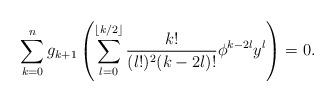
LaTeX: \begin{align*}\sum_{k=0}^{n} g_{k+1} \left( \sum_{l=0}^{\lfloor k/2 \rfloor} \frac{k!}{(l!)^2 (k-2l)!} \phi^{k-2l} y^l \right) = 0.\end{align*}